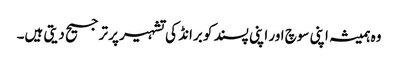
وہ ہمیشہ اپنی سوچ اور اپنی پسند کو برانڈ کی تشہیر پر ترجیح دیتی ہیں۔